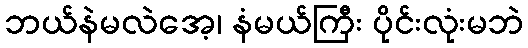
ဘယ်နဲမလဲအေ့၊ နံမယ်ကြီး ပိုင်းလုံးမဘဲ